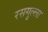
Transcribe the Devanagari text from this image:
रसगुल्‍ला